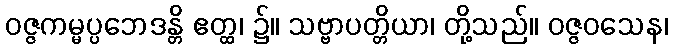
ဝဇ္ဇကမ္မပ္ပဘေဒန္တိ ဧတ္ထ၊ ၌။ သဗ္ဗာပတ္တိယာ၊ တို့သည်။ ဝဇ္ဇဝသေန၊